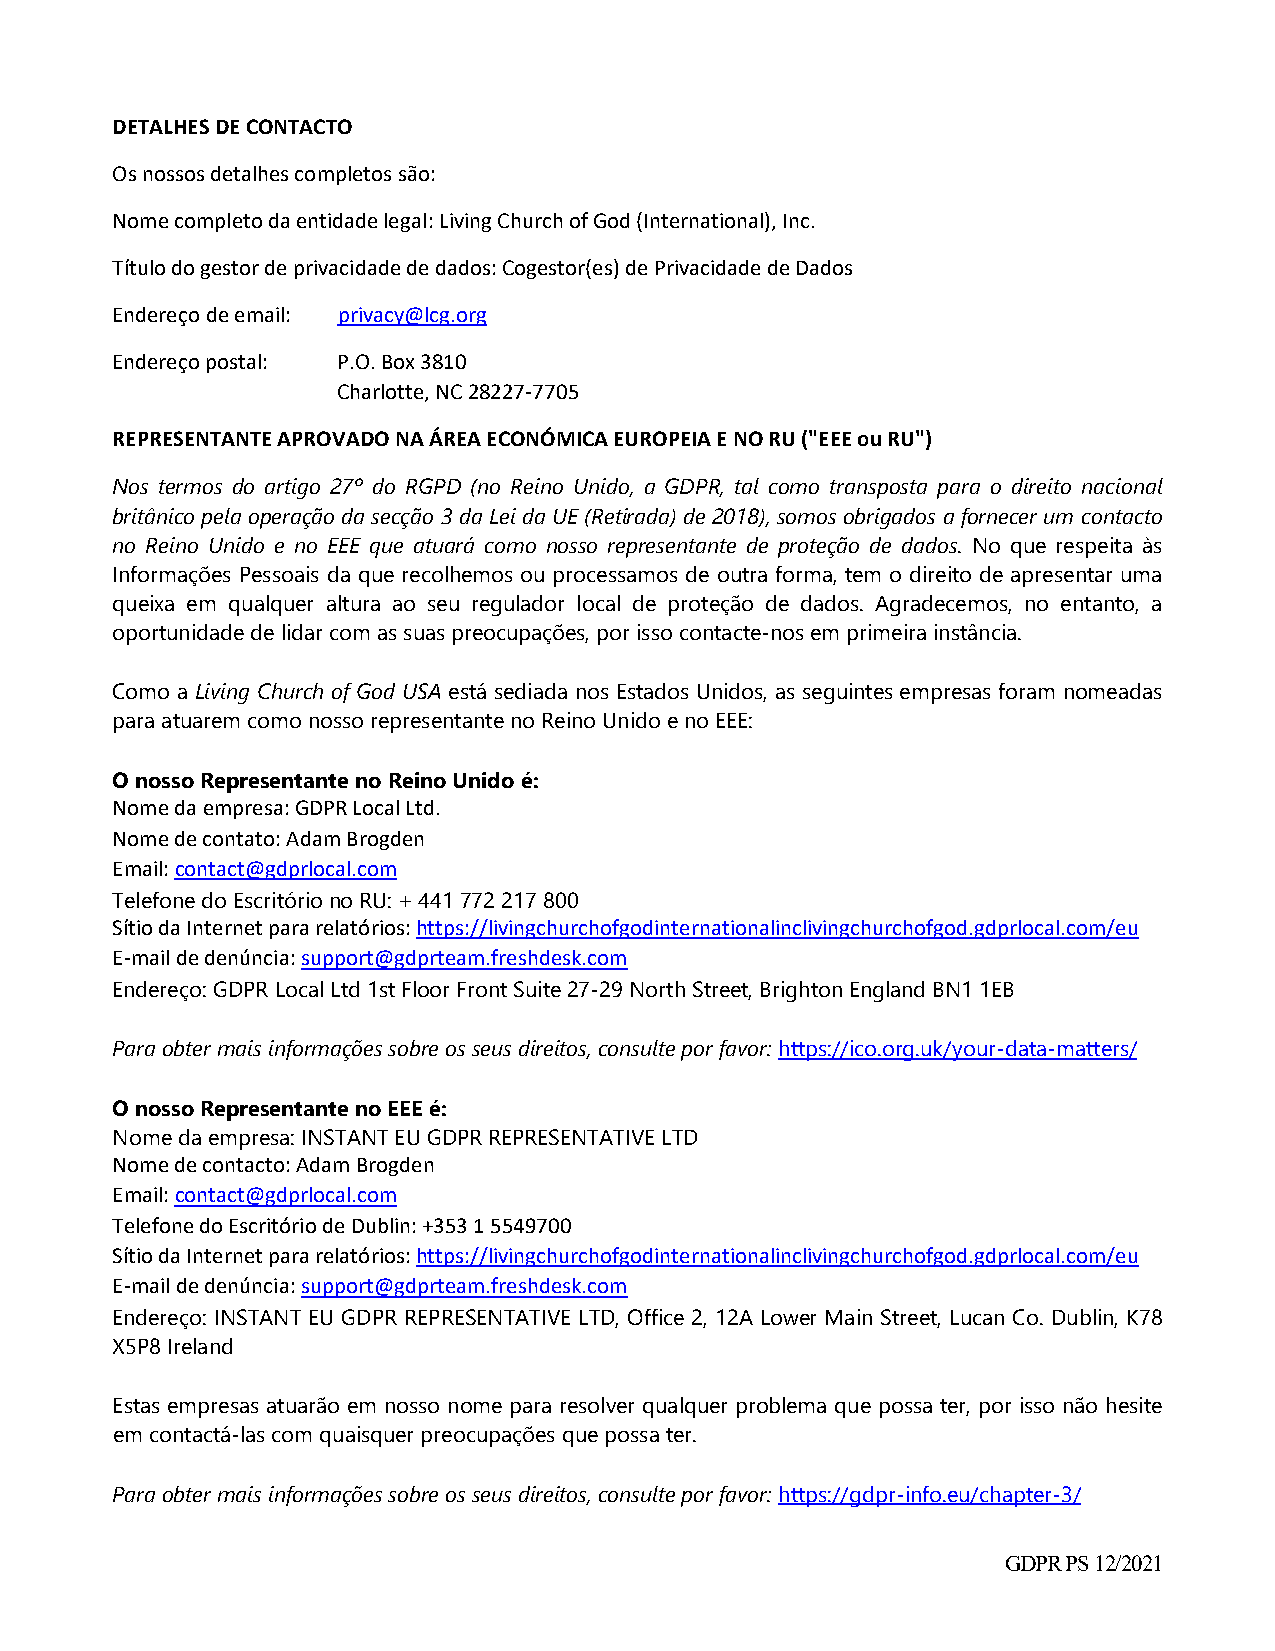
DETALHES DE CONTACTO
 Os nossos detalhes completos são:
 Nome completo da entidade legal: Living Church of God (International), Inc.
 Título do gestor de privacidade de dados: Cogestor(es) de Privacidade de Dados
 Endereço de email: privacy@lcg.org
 Endereço postal: P.O. Box 3810
 Charlotte, NC 28227‐7705
 REPRESENTANTE APROVADO NA ÁREA ECONÓMICA EUROPEIA E NO RU ("EEE ou RU")
 Nos termos do artigo 27º do RGPD (no Reino Unido, a GDPR, tal como transposta para o direito nacional
 britânico pela operação da secção 3 da Lei da UE (Retirada) de 2018), somos obrigados a fornecer um contacto
 no Reino Unido e no EEE que atuará como nosso representante de proteção de dados. No que respeita às
 Informações Pessoais da que recolhemos ou processamos de outra forma, tem o direito de apresentar uma
 queixa em qualquer altura ao seu regulador local de proteção de dados. Agradecemos, no entanto, a
 oportunidade de lidar com as suas preocupações, por isso contacte-nos em primeira instância.
 Como a Living Church of God USA está sediada nos Estados Unidos, as seguintes empresas foram nomeadas
 para atuarem como nosso representante no Reino Unido e no EEE:
 O nosso Representante no Reino Unido é:
 Nome da empresa: GDPR Local Ltd.
 Nome de contato: Adam Brogden
 Email: contact@gdprlocal.com
 Telefone do Escritório no RU: + 441 772 217 800
 Sítio da Internet para relatórios: https://livingchurchofgodinternationalinclivingchurchofgod.gdprlocal.com/eu
 E‐mail de denúncia: support@gdprteam.freshdesk.com
 Endereço: GDPR Local Ltd 1st Floor Front Suite 27-29 North Street, Brighton England BN1 1EB
 Para obter mais informações sobre os seus direitos, consulte por favor: https://ico.org.uk/your-data-matters/
 O nosso Representante no EEE é:
 Nome da empresa: INSTANT EU GDPR REPRESENTATIVE LTD
 Nome de contacto: Adam Brogden
 Email: contact@gdprlocal.com
 Telefone do Escritório de Dublin: +353 1 5549700
 Sítio da Internet para relatórios: https://livingchurchofgodinternationalinclivingchurchofgod.gdprlocal.com/eu
 E‐mail de denúncia: support@gdprteam.freshdesk.com
 Endereço: INSTANT EU GDPR REPRESENTATIVE LTD, Office 2, 12A Lower Main Street, Lucan Co. Dublin, K78
 X5P8 Ireland
 Estas empresas atuarão em nosso nome para resolver qualquer problema que possa ter, por isso não hesite
 em contactá-las com quaisquer preocupações que possa ter.
 Para obter mais informações sobre os seus direitos, consulte por favor: https://gdpr-info.eu/chapter-3/
 GDPR PS 12/2021